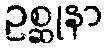
ဥစ္ဆုနာ